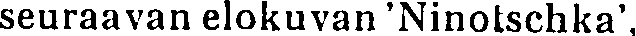
seuraavan elokuvan 'Ninotschka',